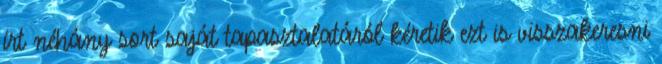
írt néhány sort saját tapasztalatáról kéretik ezt is visszakeresni